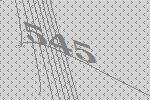
545